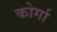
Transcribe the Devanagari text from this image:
कोर्गा